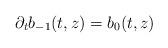
LaTeX: \begin{align*} \partial _ t b _ { - 1 } ( t , z ) = b _ 0 ( t , z )\end{align*}